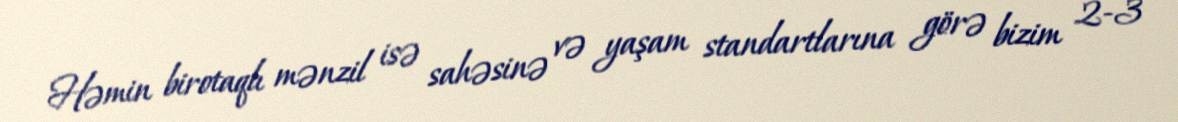
Həmin birotaqlı mənzil isə sahəsinə və yaşam standartlarına görə bizim 2-3